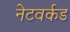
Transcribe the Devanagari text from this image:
नेटवर्कड